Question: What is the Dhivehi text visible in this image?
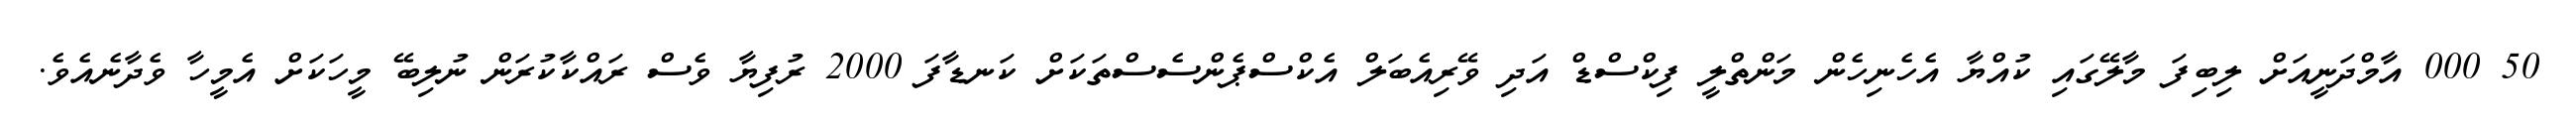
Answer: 50 000 އާމްދަނީއަށް ލިބިފަ މާލޭގައި ކުއްޔާ އެހެނިހެން މަންތްލީ ފިކްސްޑް އަދި ވޭރިއެބަލް އެކްސްޕެންސެސްތަކަށް ކަނޑާފަ 2000 ރުފިޔާ ވެސް ރައްކާކުރަން ނުލިބޭ މީހަކަށް އެމީހާ ވެދާނެއެވެ.